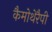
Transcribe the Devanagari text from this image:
कैमोथेरैपी